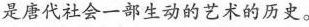
是唐代社会一部生动的艺术的历史。